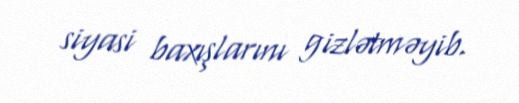
siyasi baxışlarını gizlətməyib.